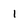
Character: 1